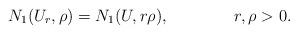
LaTeX: \begin{align*}N_1(U_r,\rho) = N_1(U, r\rho),\ \ \ \ \ \ \ \ \ \ \ \ r, \rho >0.\end{align*}